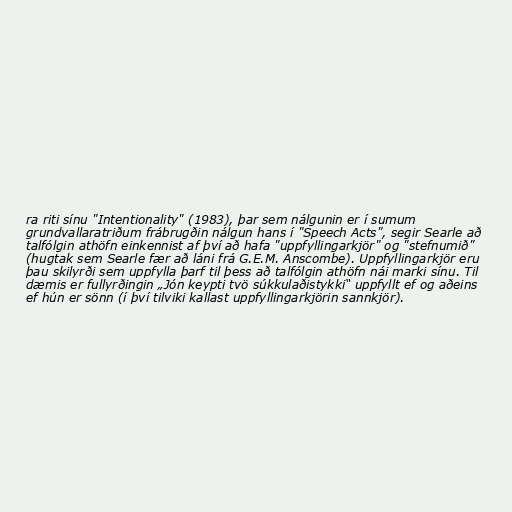
ra riti sínu "Intentionality" (1983), þar sem nálgunin er í sumum
grundvallaratriðum frábrugðin nálgun hans í "Speech Acts", segir Searle að
talfólgin athöfn einkennist af því að hafa "uppfyllingarkjör" og "stefnumið"
(hugtak sem Searle fær að láni frá G.E.M. Anscombe). Uppfyllingarkjör eru
þau skilyrði sem uppfylla þarf til þess að talfólgin athöfn nái marki sínu. Til
dæmis er fullyrðingin „Jón keypti tvö súkkulaðistykki“ uppfyllt ef og aðeins
ef hún er sönn (í því tilviki kallast uppfyllingarkjörin sannkjör).